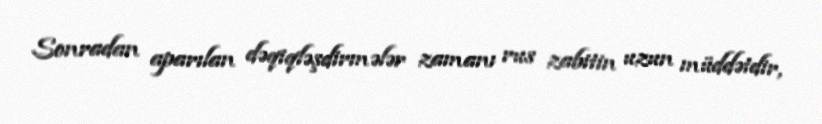
Sonradan aparılan dəqiqləşdirmələr zamanı rus zabitin uzun müddətdir,